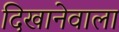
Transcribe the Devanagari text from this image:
दिखानेवाला